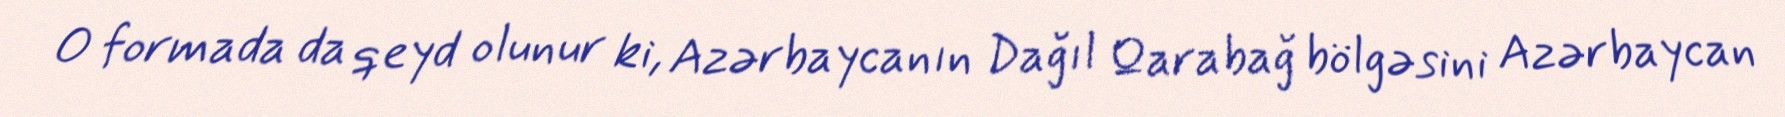
O formada da qeyd olunur ki, Azərbaycanın Dağıl Qarabağ bölgəsini Azərbaycan